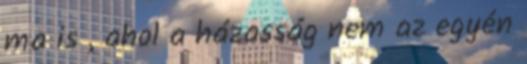
ma is , ahol a házasság nem az egyén